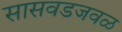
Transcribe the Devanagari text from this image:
सासवडजवळ